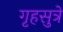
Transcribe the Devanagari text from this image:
गृहसुत्रे